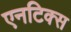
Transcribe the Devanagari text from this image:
एनटिक्स